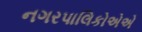
નગરપાલિકોએએ